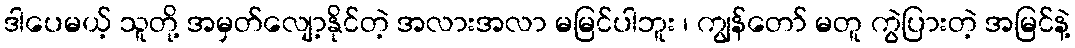
ဒါပေမယ့် သူတို့ အမှတ်လျော့နိုင်တဲ့ အလားအလာ မမြင်ပါဘူး ၊ ကျွန်တော် မတူ ကွဲပြားတဲ့ အမြင်နဲ့